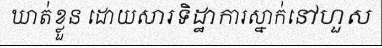
ឃាត់ខ្លួន ដោយសារទិដ្ឋាការស្នាក់នៅហួស